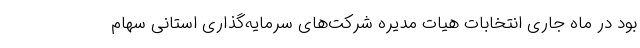
بود در ماه جاری انتخابات هیات مدیره شرکت‌های سرمایه‌گذاری استانی سهام